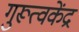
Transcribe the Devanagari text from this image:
गुरूत्वकेंद्र